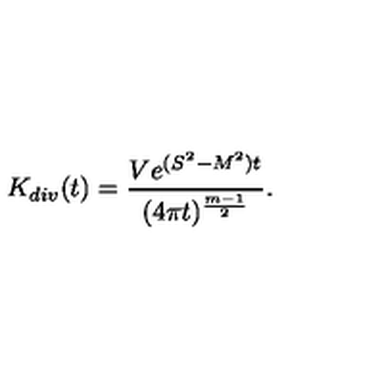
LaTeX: K _ { d i v } ( t ) = \frac { V e ^ { ( S ^ { 2 } - M ^ { 2 } ) t } } { ( 4 \pi t ) ^ { \frac { m - 1 } 2 } } .